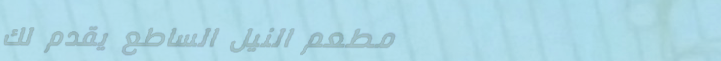
مطعم النيل الساطع يقدم لك